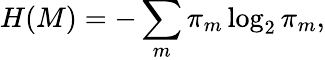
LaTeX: H(M)=-\sum_{m}\pi_{m}\log_{2}\pi_{m},